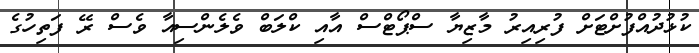
ކުޅުދުއްފުށްޓަށް ފުރިއިރު މާޒިޔާ ސްޕޯޓްސް އާއި ކްލަބް ވެލެންސިއާ ވެސް ރޭ ފަތިހުގެ